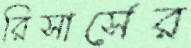
রিসার্সের